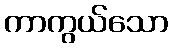
ကာကွယ်သော